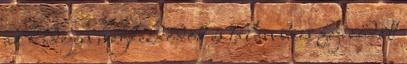
az ő idején megkezdődött és talán be is fejeződött